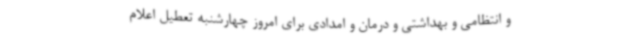
و انتظامی و بهداشتی و درمان و امدادی برای امروز چهارشنبه تعطیل اعلام